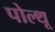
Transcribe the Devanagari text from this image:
पोल्थू